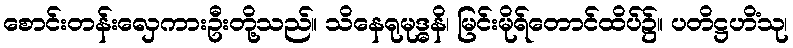
စောင်းတန်းလှေကားဦးတို့သည်။ သိနေရုမုဒ္ဓနိ၊ မြင်းမိုရ်တောင်ထိပ်၌။ ပတိဋ္ဌဟိံသု၊